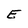
Character: E